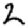
Digit: 2